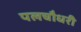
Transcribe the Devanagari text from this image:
पलचौधरी